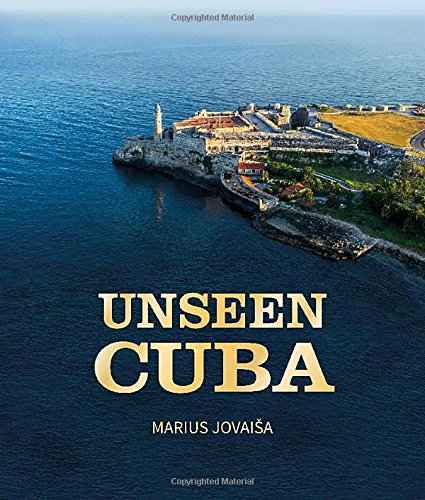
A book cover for Unseen Cuba; Marius Jovaisa; Arts & Photography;